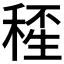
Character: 𥠍